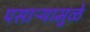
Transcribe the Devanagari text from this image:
पसाऱ्यामुळे